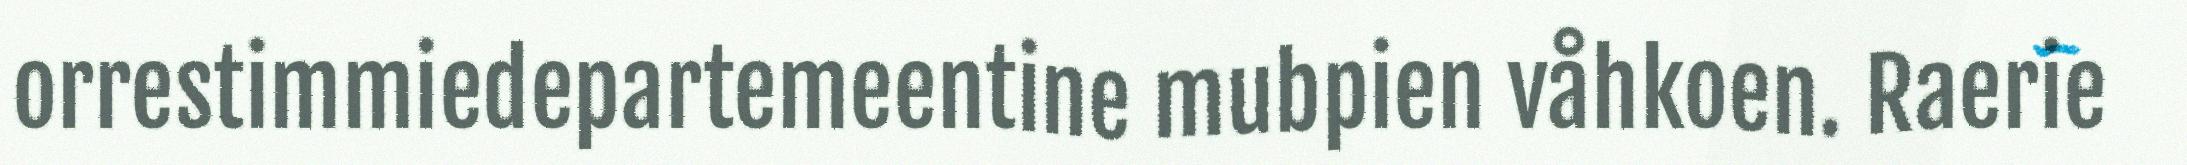
orrestimmiedepartemeentine mubpien våhkoen. Raerie